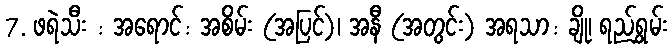
7. ဖရဲသီး : အရောင်: အစိမ်း (အပြင်)၊ အနီ (အတွင်း) အရသာ: ချို၊ ရည်ရွှမ်း